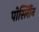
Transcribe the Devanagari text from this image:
पोर्स्लोिन